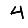
Digit: 4